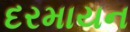
દરમાયન